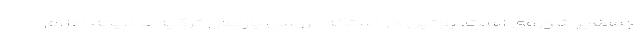
جماهیر شوروی است. پوتین در آستانه بررسی پارلمان ترکیه با لایحه اعزام